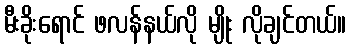
မီးခိုးရောင် ဖလန်နယ်လို မျိုး လိုချင်တယ်။